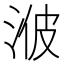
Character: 𱦧